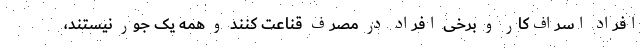
افراد اسراف‌کار و برخی افراد در مصرف قناعت کنند و همه یک جور نیستند،